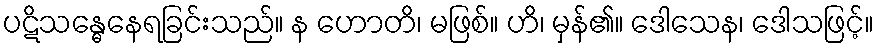
ပဋိသန္ဓေနေရခြင်းသည်။ န ဟောတိ၊ မဖြစ်။ ဟိ၊ မှန်၏။ ဒေါသေန၊ ဒေါသဖြင့်။